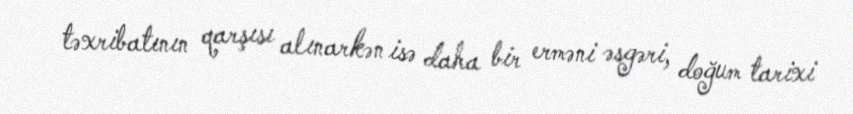
təxribatının qarşısı alınarkən isə daha bir erməni əsgəri, doğum tarixi